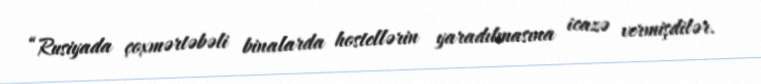
“Rusiyada çoxmərtəbəli binalarda hostellərin yaradılmasına icazə vermişdilər.